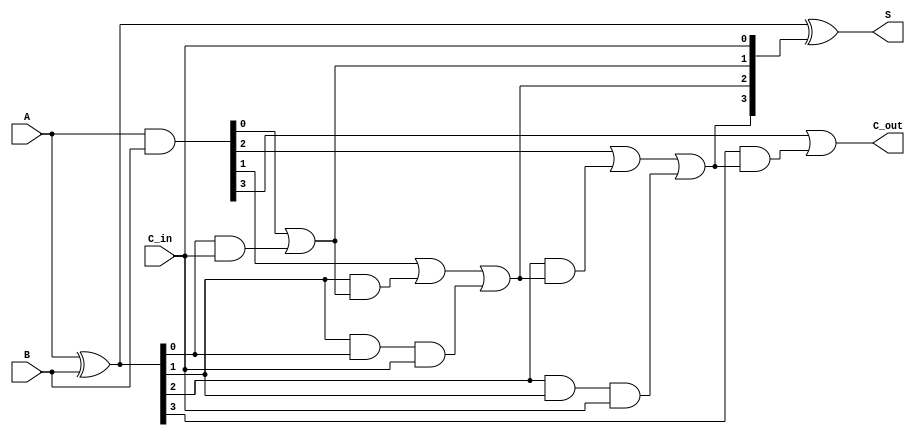
module SklanskyAdder #(parameter n = 4) (
    input  [n-1:0] A,       // First input
    input  [n-1:0] B,       // Second input
    input          C_in,     // Carry-in
    output [n-1:0] S,       // Sum output
    output         C_out     // Carry-out
);

    // Generate and Propagate signals
    wire [n-1:0] P; // Propagate
    wire [n-1:0] G; // Generate
    wire [n:0] C;   // Carry signals

    // Generate and Propagate calculations
    assign P = A ^ B; // Propagate: P[i] = A[i] ^ B[i]
    assign G = A & B; // Generate: G[i] = A[i] & B[i]

    // Carry signal calculations
    assign C[0] = C_in; // Initial carry-in
    genvar i;
    generate
        // Level 1 Carry calculations
        for (i = 0; i < n; i = i + 1) begin: carry_level1
            if (i == 0) begin
                assign C[i + 1] = G[i] | (P[i] & C[i]); // C[1] = G[0] + (P[0] * C_in)
            end else begin
                assign C[i + 1] = G[i] | (P[i] & C[i]) | (P[i] & P[i-1] & C[0]); // Carry calculations
            end
        end
    endgenerate

    // Sum calculations
    assign S = P ^ C[n-1:0]; // S[i] = P[i] ^ C[i]

    // Final carry-out calculation
    assign C_out = G[n-1] | (P[n-1] & C[n-1]);

endmodule